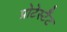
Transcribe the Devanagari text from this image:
प्रोटेस्टैँट